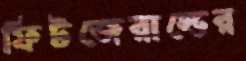
ফিটজেরাল্ডের